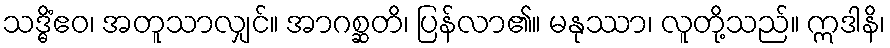
သဒ္ဓိံဧဝ၊ အတူသာလျှင်။ အာဂစ္ဆတိ၊ ပြန်လာ၏။ မနုဿာ၊ လူတို့သည်။ ဣဒါနိ၊